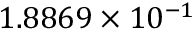
1 . 8 8 6 9 \times 1 0 ^ { - 1 }